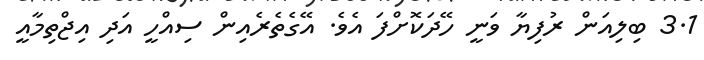
3.1 ބިލިއަން ރުފިޔާ ވަނީ ހޭދަކޮށްފަ އެވެ. އޭގެތެރެއިން ސިއްހީ އަދި އިޖްތިމާއީ